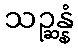
သဉ္ဆန္နံ